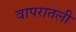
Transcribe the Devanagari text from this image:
वापरातली